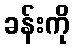
ခန်းကို